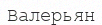
Валерьян